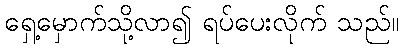
ရှေ့မှောက်သို့လာ၍ ရပ်ပေးလိုက် သည်။